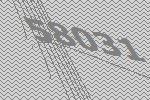
58031